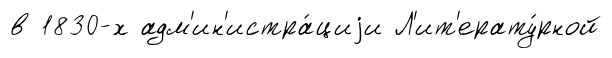
в 1830-х адм'ин'истра́циjи Л'ит'ерату́рной